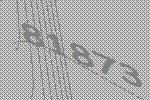
81873